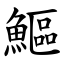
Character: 鰸